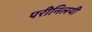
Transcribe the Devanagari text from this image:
परीनिलयी